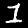
Label: 1